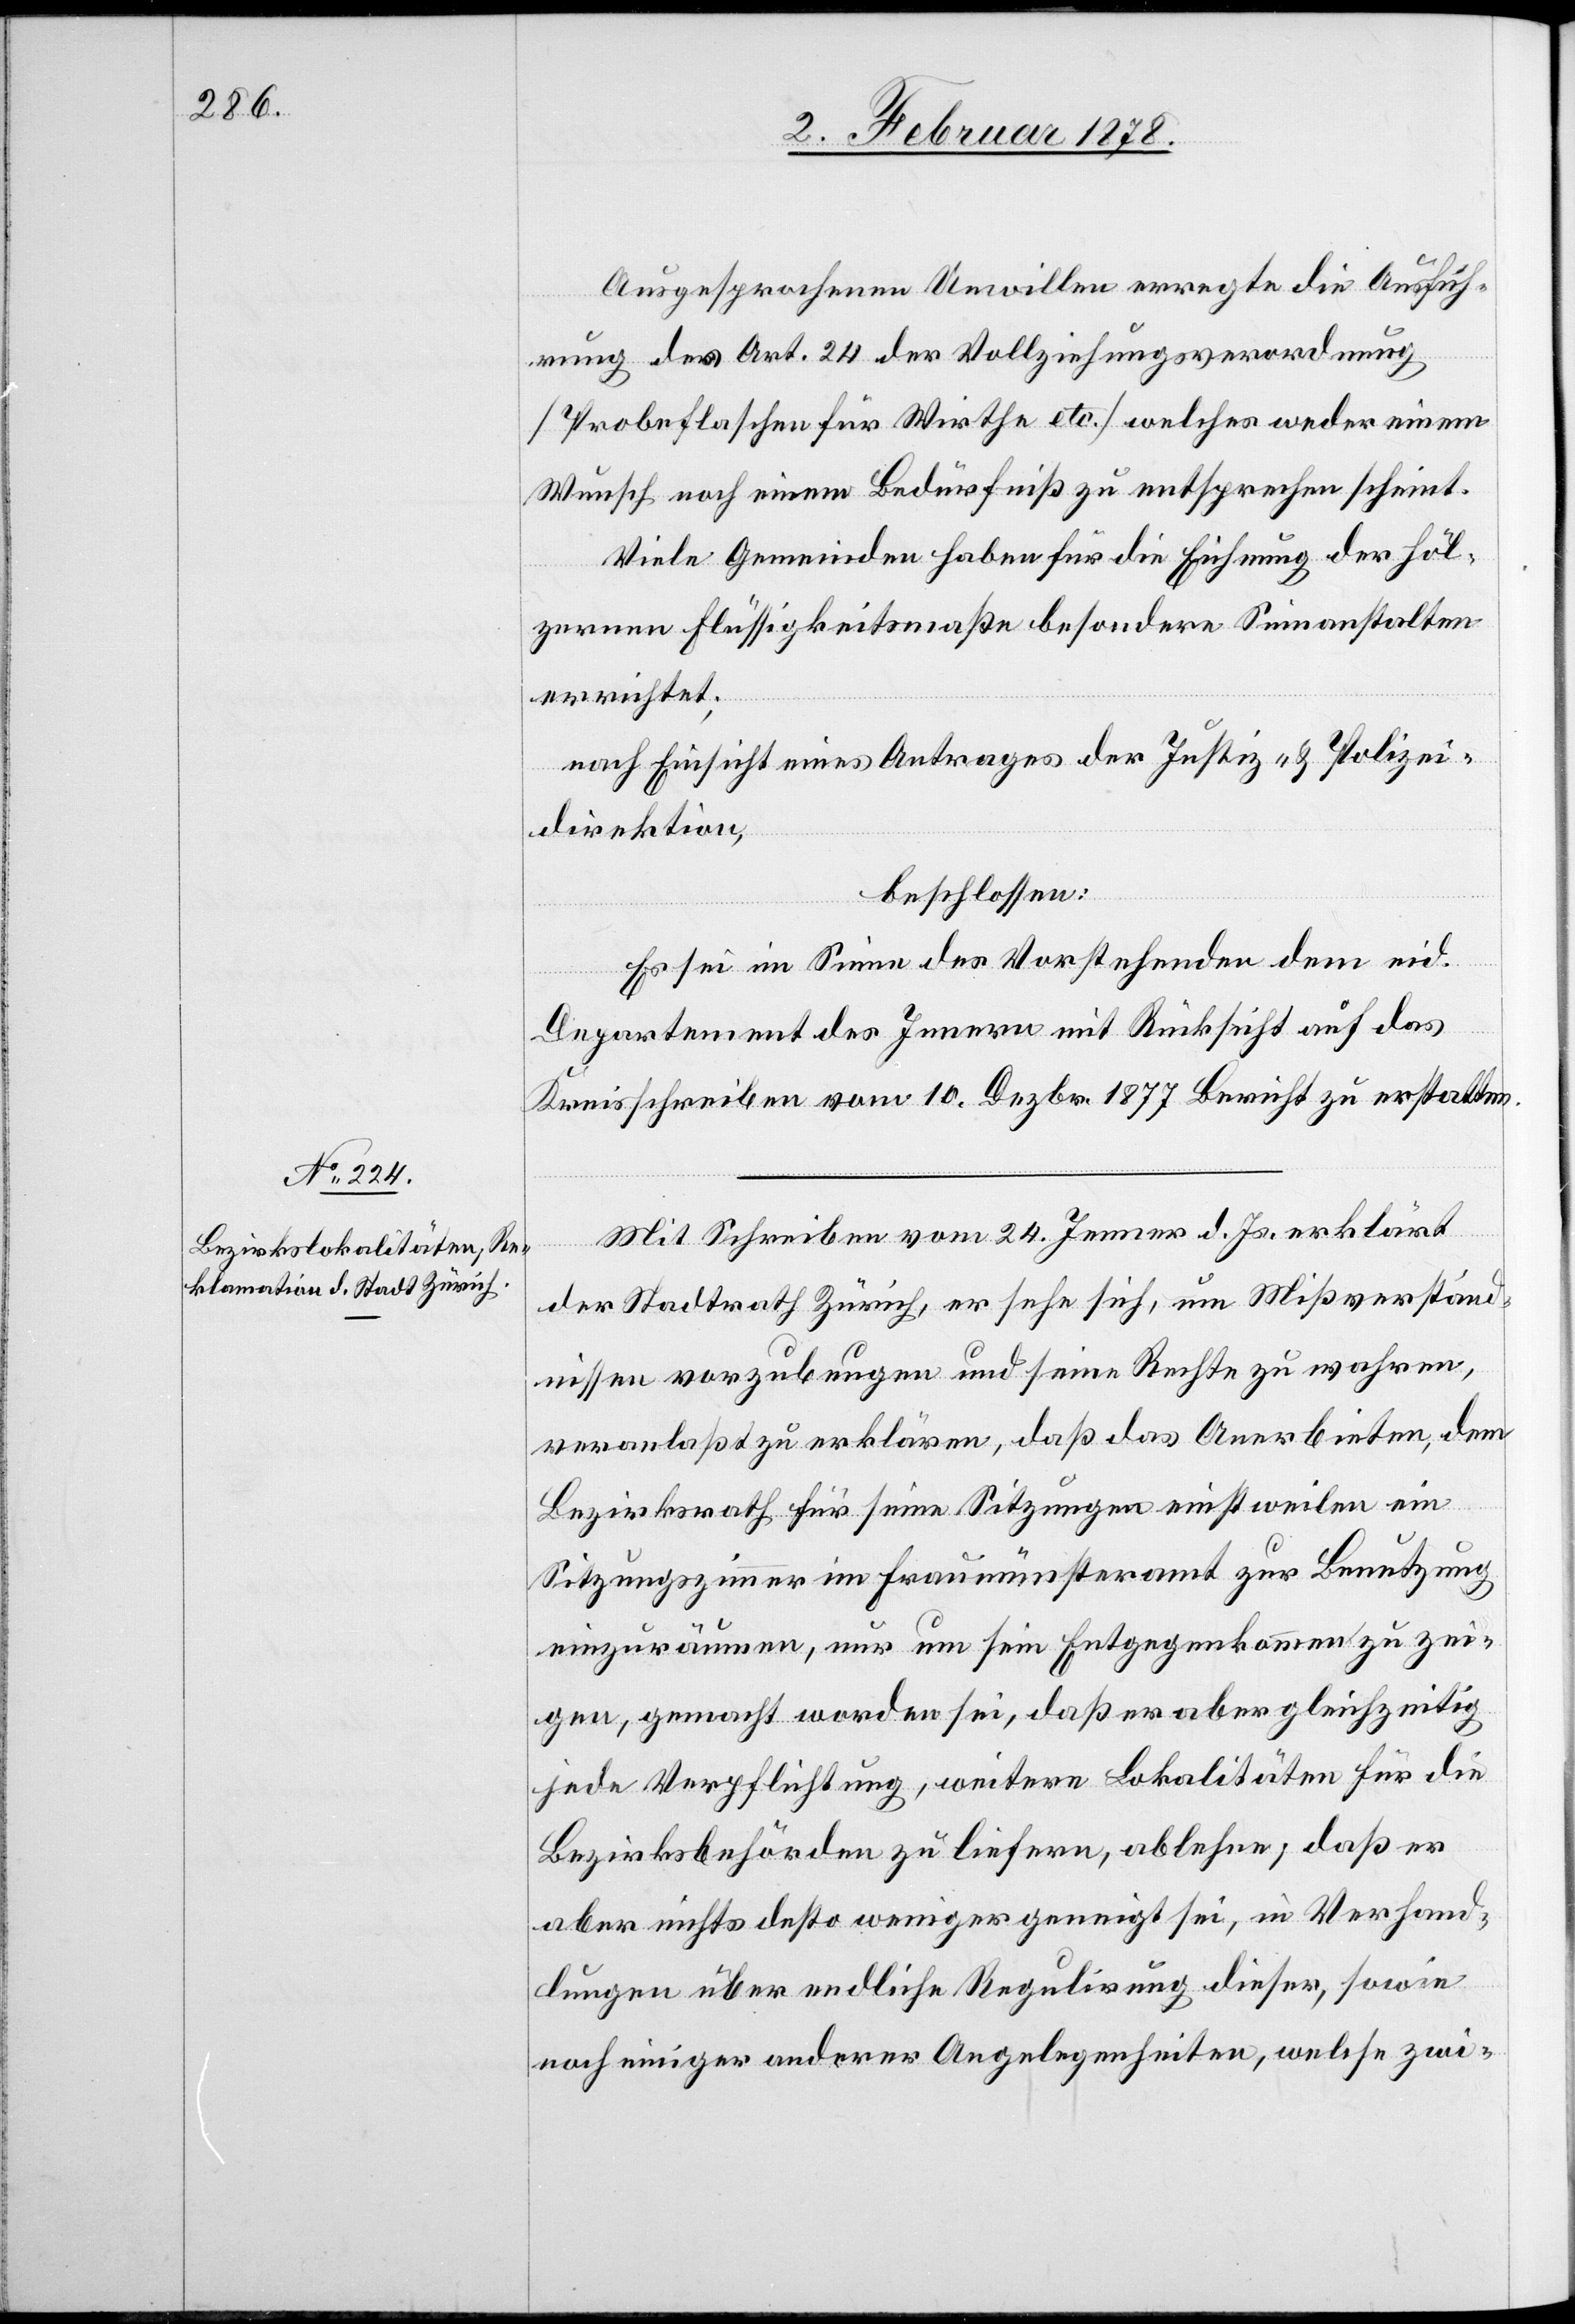
Ausgesprochenen Unwillen erregte die Aussich¬
erung des Art. 24 der Vollziehungsverordnung
(Probeflaschen für Wirthe etc.) welches weder einem
Wunsch noch einem Bedürfniß zu entsprechen scheint;
nach Einsicht eines Antrages der Justiz- & Polizei¬
direktion,
beschlossen
Es sei im Sinne des Vorstehenden dem eid.
Departement des Innern mit Rücksicht auf das
Kreisschreiben vom 10. Dezbr 1877 Bericht zu erstatten.
Mit Schreiben vom 24. Jenner d. Js. erklärt
der Stadtrath Zürich, er sehe sich, um Missverständ¬
nisse vorzubeugen und seine Rechte zu wahren,
veranlaßt zu erklären, daß das Anerbieten, dem
Bezirksrath für seine Sitzungen einstweilen ein
Sitzungszimmer im Fraumünsteramt zur Benutzung
einzuräumen, nur um sein Entgegenkommen zu zei¬
gen, gemacht worden sei, daß er aber gleichzeitig
jede Verpflichtung, weitere Lokalitäten für die
Bezirksbehörden zu liefern, ablehne, daß er
aber nichts desto weniger geneigt sei, in Verhand¬
lungen über endliche Regulirung dieser, sowie
noch einiger anderer Angelegenheiten, welche zwi-